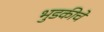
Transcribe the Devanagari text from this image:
भुडकीचे